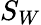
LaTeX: S_{W}